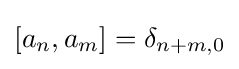
[a_{n},a_{m}]=\delta _{n+m,0}